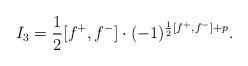
LaTeX: \begin{align*}I_3=\frac{1}{2}[f^+,f^-]\cdot(-1)^{\frac{1}{2}[f^+,f^-]+p}.\end{align*}